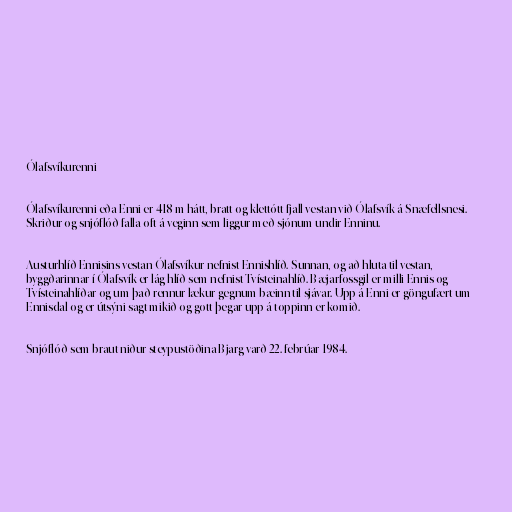
Ólafsvíkurenni

Ólafsvíkurenni eða Enni er 418 m hátt, bratt og klettótt fjall vestan við Ólafsvík á Snæfellsnesi.
Skriður og snjóflóð falla oft á veginn sem liggur með sjónum undir Enninu.

Austurhlíð Ennisins vestan Ólafsvíkur nefnist Ennishlíð. Sunnan, og að hluta til vestan,
byggðarinnar í Ólafsvík er lág hlíð sem nefnist Tvísteinahlíð. Bæjarfossgil er milli Ennis og
Tvísteinahlíðar og um það rennur lækur gegnum bæinn til sjávar. Upp á Enni er göngufært um
Ennisdal og er útsýni sagt mikið og gott þegar upp á toppinn er komið.

Snjóflóð sem braut niður steypustöðina Bjarg varð 22. febrúar 1984.